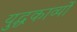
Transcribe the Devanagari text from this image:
युद्धकाव्यों